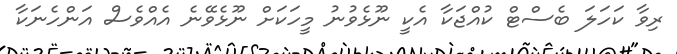
ރިވާ ކަހަލަ ބެސްޓް ކުއްޖަކާ އެކީ ނޫޅެވުނު މީހަކަށް ނޫޅެވޭނެ އެއްވެސް އަންހެނަކާ